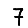
Digit: 7